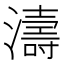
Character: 濤